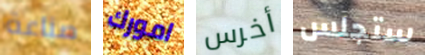
صناعة امورك أخرس ستجلس